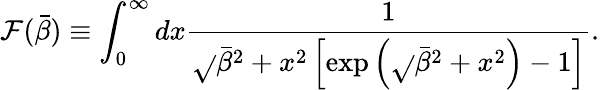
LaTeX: \mathcal{F}(\bar{{\beta}})\equiv\int_{0}^{\infty}dx\frac{{1}}{{\sqrt{}{{\bar{{\beta}}^{2}+x^{2}}}\left[\exp\left(\sqrt{}{{\bar{{\beta}}^{2}+x^{2}}}\right)-1\right]}}.